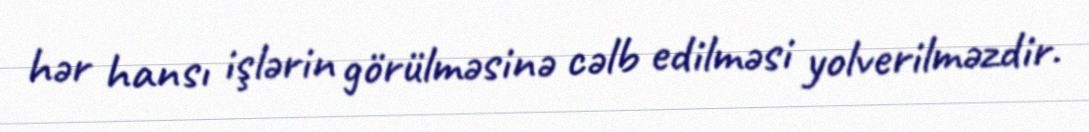
hər hansı işlərin görülməsinə cəlb edilməsi yolverilməzdir.